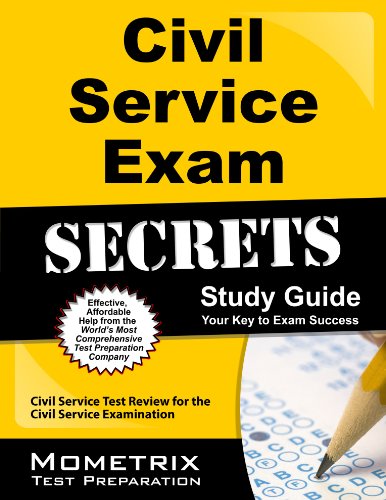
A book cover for Civil Service Exam Secrets Study Guide: Civil Service Test Review for the Civil Service Examination (Mometrix Secrets Study Guides); Civil Service Exam Secrets Test Prep Team; Test Preparation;